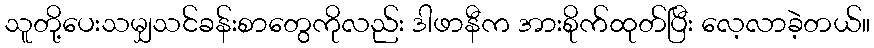
သူတို့ပေးသမျှသင်ခန်းစာတွေကိုလည်း ဒါဖာနီက အားစိုက်ထုတ်ပြီး လေ့လာခဲ့တယ်။